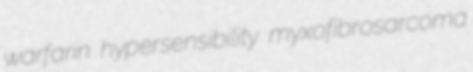
warfarin hypersensibility myxofibrosarcoma